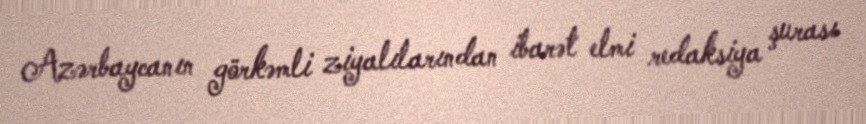
Azərbaycanın görkəmli ziyalılarından ibarət elmi redaksiya şurası